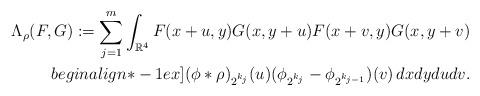
LaTeX: \begin{align*}\Lambda_{\rho}(F,G) := \sum_{j=1}^m \int_{\mathbb{R}^4} F(x+u,y)G(x,y+u)F(x+v,y)G(x,y+v) & \\begin{align*}-1ex](\phi\ast\rho)_{2^{k_j}}(u)(\phi_{2^{k_j}}-\phi_{2^{k_{j-1}}})(v) \,dx dy du dv. &\end{align*}